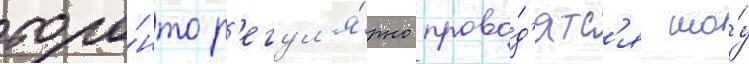
торо́нто р'егул'я́рно прово́д'ятс'я шо́у